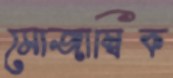
মোজাম্বিক